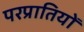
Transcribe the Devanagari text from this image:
परप्रातियों